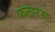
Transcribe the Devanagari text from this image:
फलारस